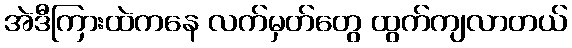
အဲဒီကြားထဲကနေ လက်မှတ်တွေ ထွက်ကျလာတယ်